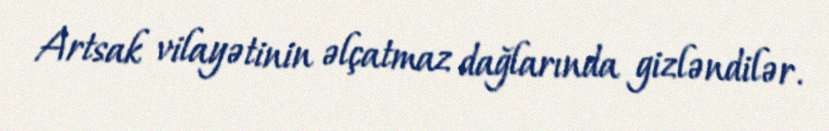
Artsak vilayətinin əlçatmaz dağlarında gizləndilər.